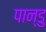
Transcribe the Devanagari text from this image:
पान्डु